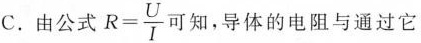
C. 由公式 $$R = \frac { U } { I }$$ 可知，导体的电阻与通过它